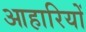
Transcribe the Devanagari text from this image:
आहारियों